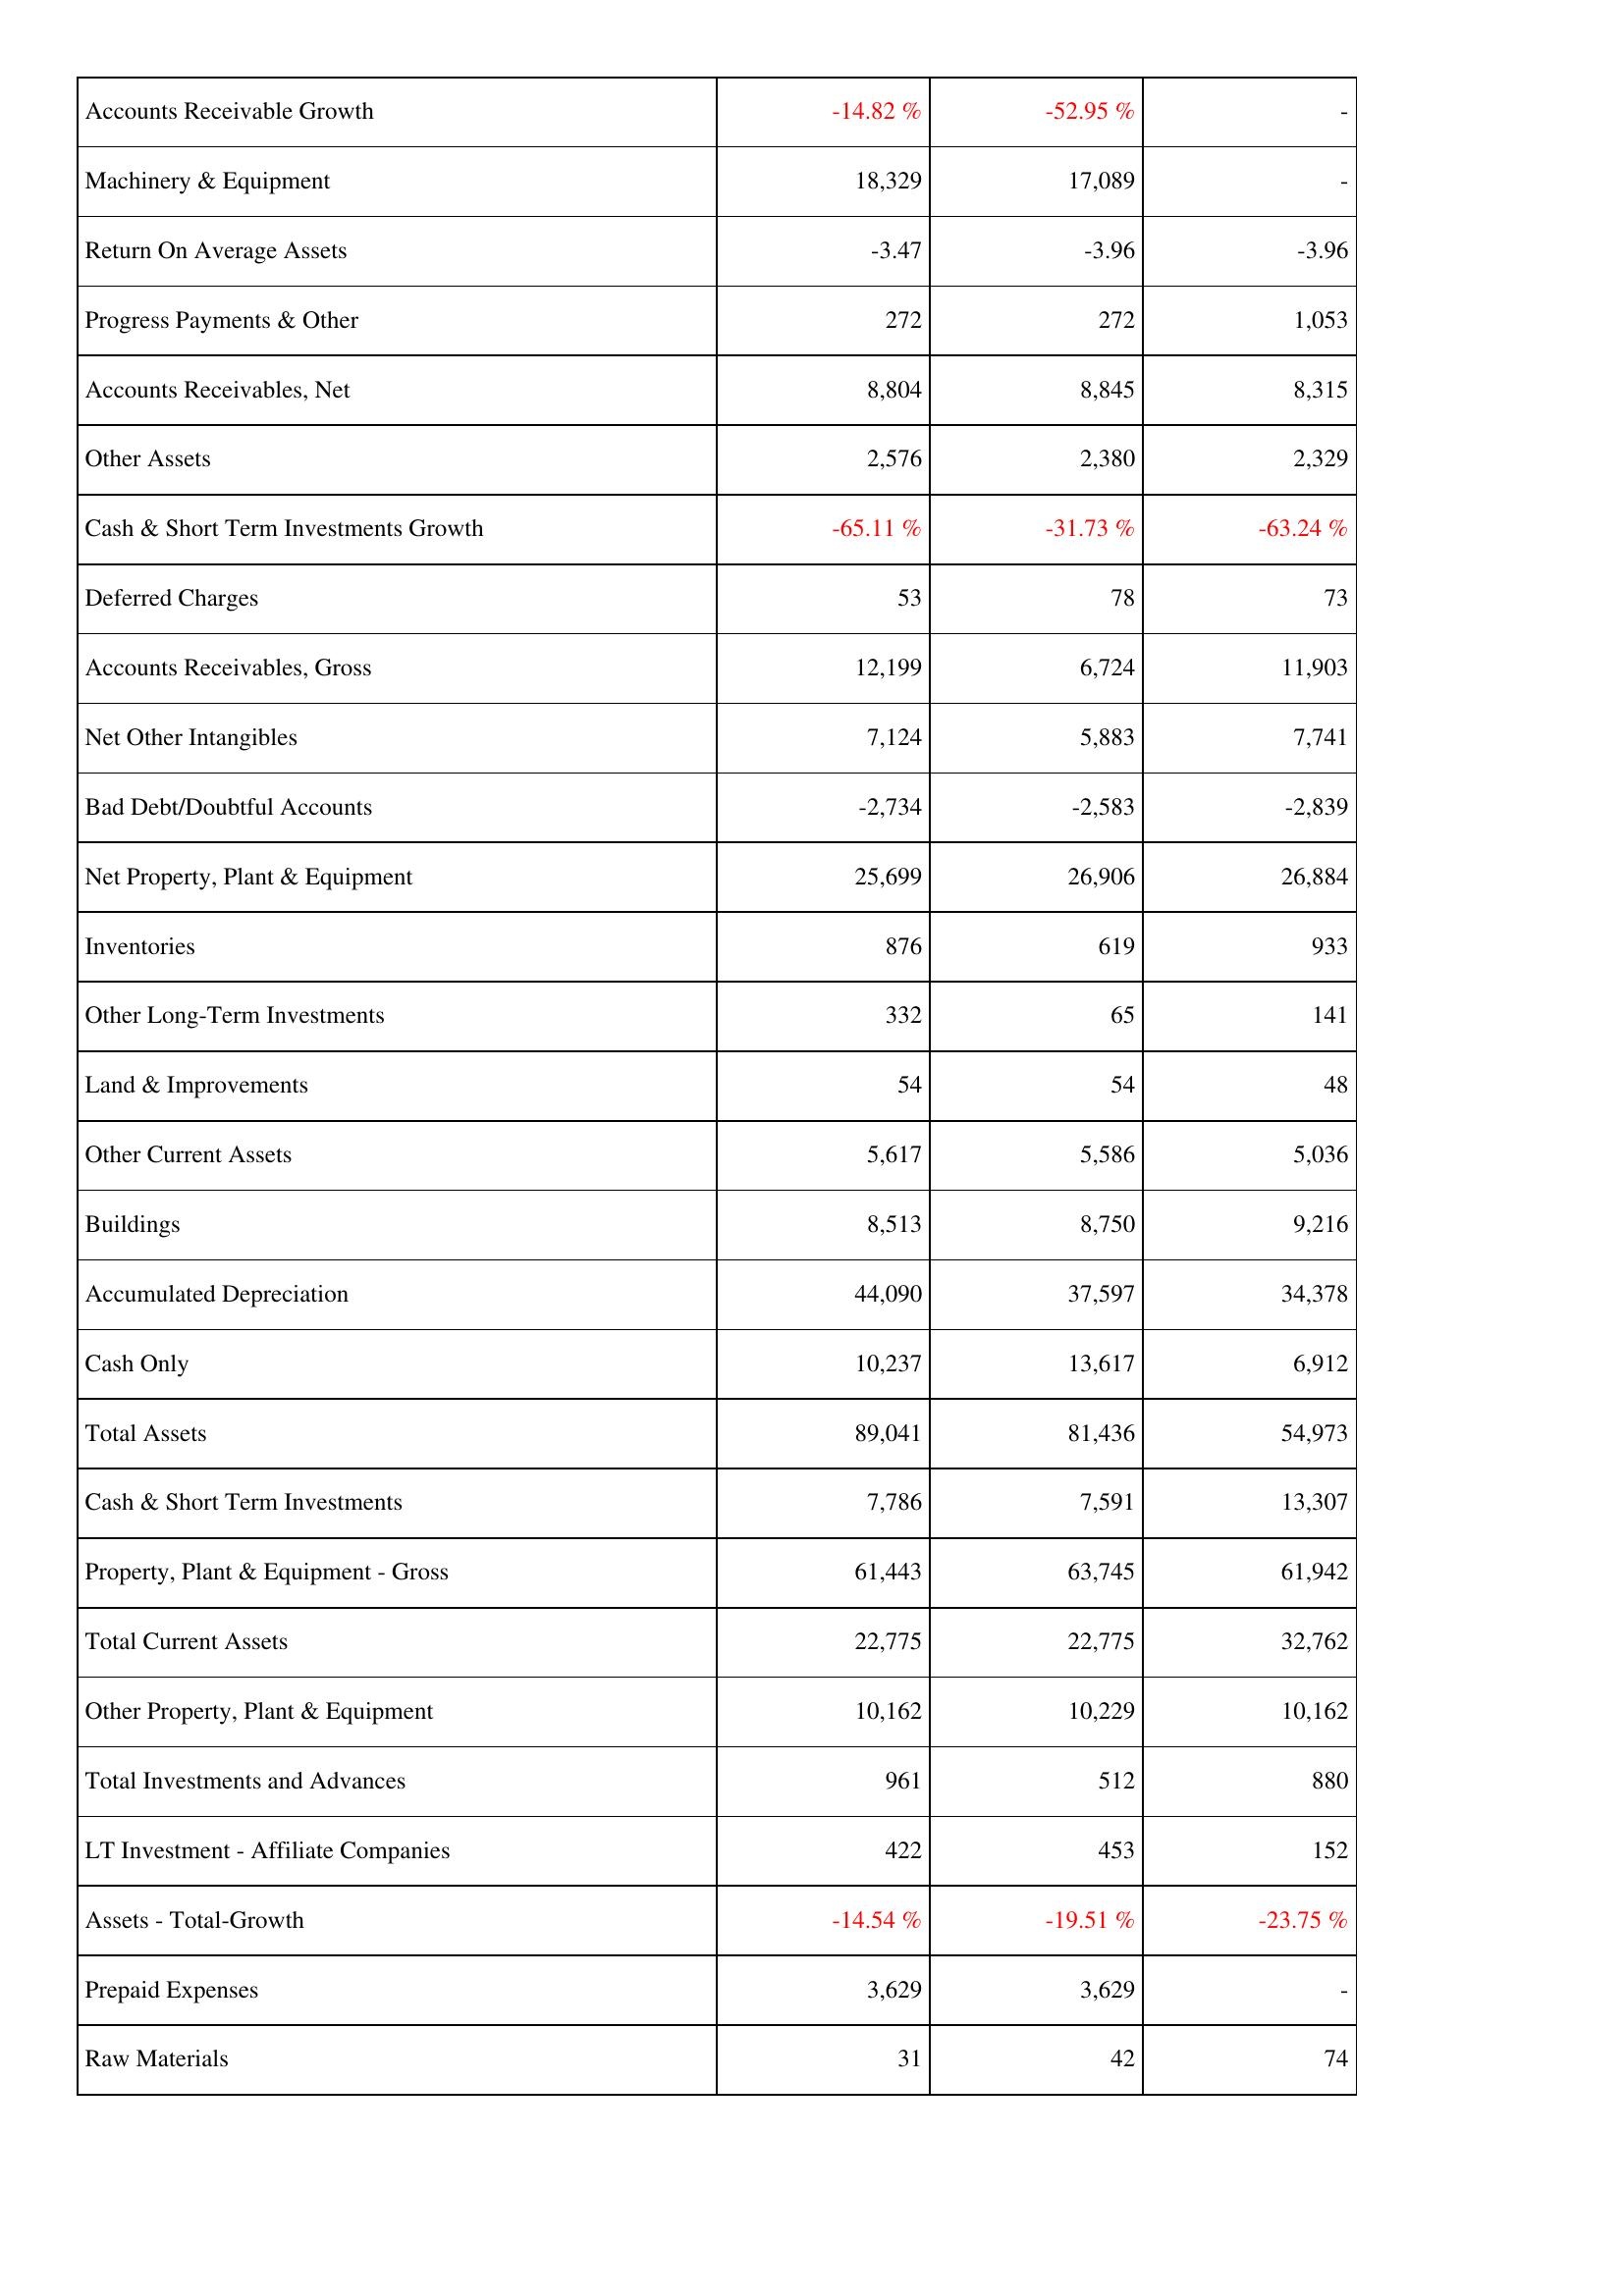
2017: Assets: Accounts Receivable Growth: -14.82 %
Machinery & Equipment: 18,329
Return On Average Assets: -3.47
Progress Payments & Other: 272
Accounts Receivables, Net: 8,804
Other Assets: 2,576
Cash & Short Term Investments Growth: -65.11 %
Deferred Charges: 53
Accounts Receivables, Gross: 12,199
Net Other Intangibles: 7,124
Bad Debt/Doubtful Accounts: -2,734
Net Property, Plant & Equipment: 25,699
Inventories: 876
Other Long-Term Investments: 332
Land & Improvements: 54
Other Current Assets: 5,617
Buildings: 8,513
Accumulated Depreciation: 44,090
Cash Only: 10,237
Total Assets: 89,041
Cash & Short Term Investments: 7,786
Property, Plant & Equipment - Gross: 61,443
Total Current Assets: 22,775
Other Property, Plant & Equipment: 10,162
Total Investments and Advances: 961
LT Investment - Affiliate Companies: 422
Assets - Total-Growth: -14.54 %
Prepaid Expenses: 3,629
Raw Materials: 31
2018: Assets: Accounts Receivable Growth: -52.95 %
Machinery & Equipment: 17,089
Return On Average Assets: -3.96
Progress Payments & Other: 272
Accounts Receivables, Net: 8,845
Other Assets: 2,380
Cash & Short Term Investments Growth: -31.73 %
Deferred Charges: 78
Accounts Receivables, Gross: 6,724
Net Other Intangibles: 5,883
Bad Debt/Doubtful Accounts: -2,583
Net Property, Plant & Equipment: 26,906
Inventories: 619
Other Long-Term Investments: 65
Land & Improvements: 54
Other Current Assets: 5,586
Buildings: 8,750
Accumulated Depreciation: 37,597
Cash Only: 13,617
Total Assets: 81,436
Cash & Short Term Investments: 7,591
Property, Plant & Equipment - Gross: 63,745
Total Current Assets: 22,775
Other Property, Plant & Equipment: 10,229
Total Investments and Advances: 512
LT Investment - Affiliate Companies: 453
Assets - Total-Growth: -19.51 %
Prepaid Expenses: 3,629
Raw Materials: 42
2019: Assets: Accounts Receivable Growth: -
Machinery & Equipment: -
Return On Average Assets: -3.96
Progress Payments & Other: 1,053
Accounts Receivables, Net: 8,315
Other Assets: 2,329
Cash & Short Term Investments Growth: -63.24 %
Deferred Charges: 73
Accounts Receivables, Gross: 11,903
Net Other Intangibles: 7,741
Bad Debt/Doubtful Accounts: -2,839
Net Property, Plant & Equipment: 26,884
Inventories: 933
Other Long-Term Investments: 141
Land & Improvements: 48
Other Current Assets: 5,036
Buildings: 9,216
Accumulated Depreciation: 34,378
Cash Only: 6,912
Total Assets: 54,973
Cash & Short Term Investments: 13,307
Property, Plant & Equipment - Gross: 61,942
Total Current Assets: 32,762
Other Property, Plant & Equipment: 10,162
Total Investments and Advances: 880
LT Investment - Affiliate Companies: 152
Assets - Total-Growth: -23.75 %
Prepaid Expenses: -
Raw Materials: 74